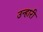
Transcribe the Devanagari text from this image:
उन्हारी